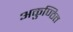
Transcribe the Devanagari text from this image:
अकुण्ठित